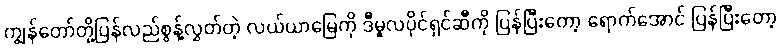
ကျွန်တော်တို့ပြန်လည်စွန့်လွှတ်တဲ့ လယ်ယာမြေကို ဒီမူလပိုင်ရှင်ဆီကို ပြန်ပြီးတော့ ရောက်အောင် ပြန်ပြီးတော့